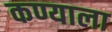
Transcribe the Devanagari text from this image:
कण्याला